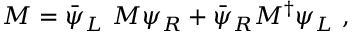
M = \bar { \psi } _ { L } ~ { \cal M } \psi _ { R } + \bar { \psi } _ { R } { \cal M } ^ { \dag } \psi _ { L } ~ ,